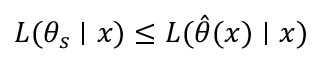
L ( \theta _ { s } \mid x ) \le L ( \hat { \theta } ( x ) \mid x )